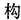
构